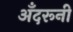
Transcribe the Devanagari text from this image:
अँदरूनी